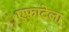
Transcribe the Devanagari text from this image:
एफाटेला